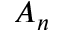
A _ { n }